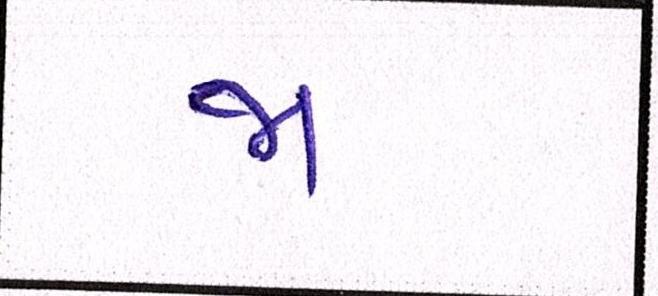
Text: જા